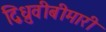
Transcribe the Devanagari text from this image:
द्विध्रुवीबीमारी